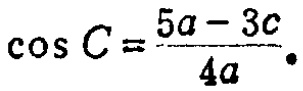
\(\cos C = \frac{5a - 3c}{4a}.\)